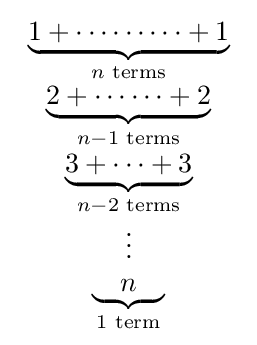
{\begin{array}{c}\underbrace {1+\cdots \cdots \cdots +1} _{n{\text{ terms}}}\\\underbrace {2+\cdots \cdots +2} _{n-1{\text{ terms}}}\\\underbrace {3+\cdots +3} _{n-2{\text{ terms}}}\\\vdots \\\underbrace {{}\quad n\quad {}} _{1{\text{ term}}}\end{array}}